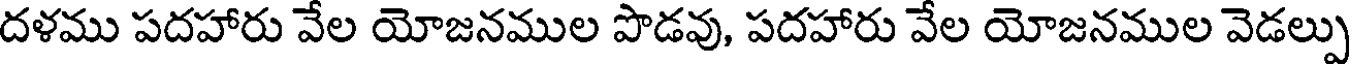
దళము పదహారు వేల యోజనముల పొడవు, పదహారు వేల యోజనముల వెడల్పు